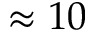
\approx 1 0